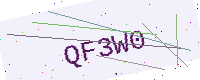
Text: QF3W0